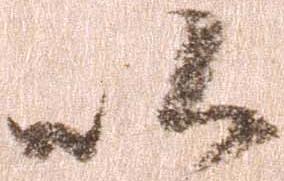
以